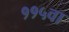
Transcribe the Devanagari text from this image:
११५वा